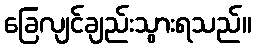
ခြေလျင်ချည်းသွားရသည်။